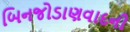
બિનજોડાણવાદની